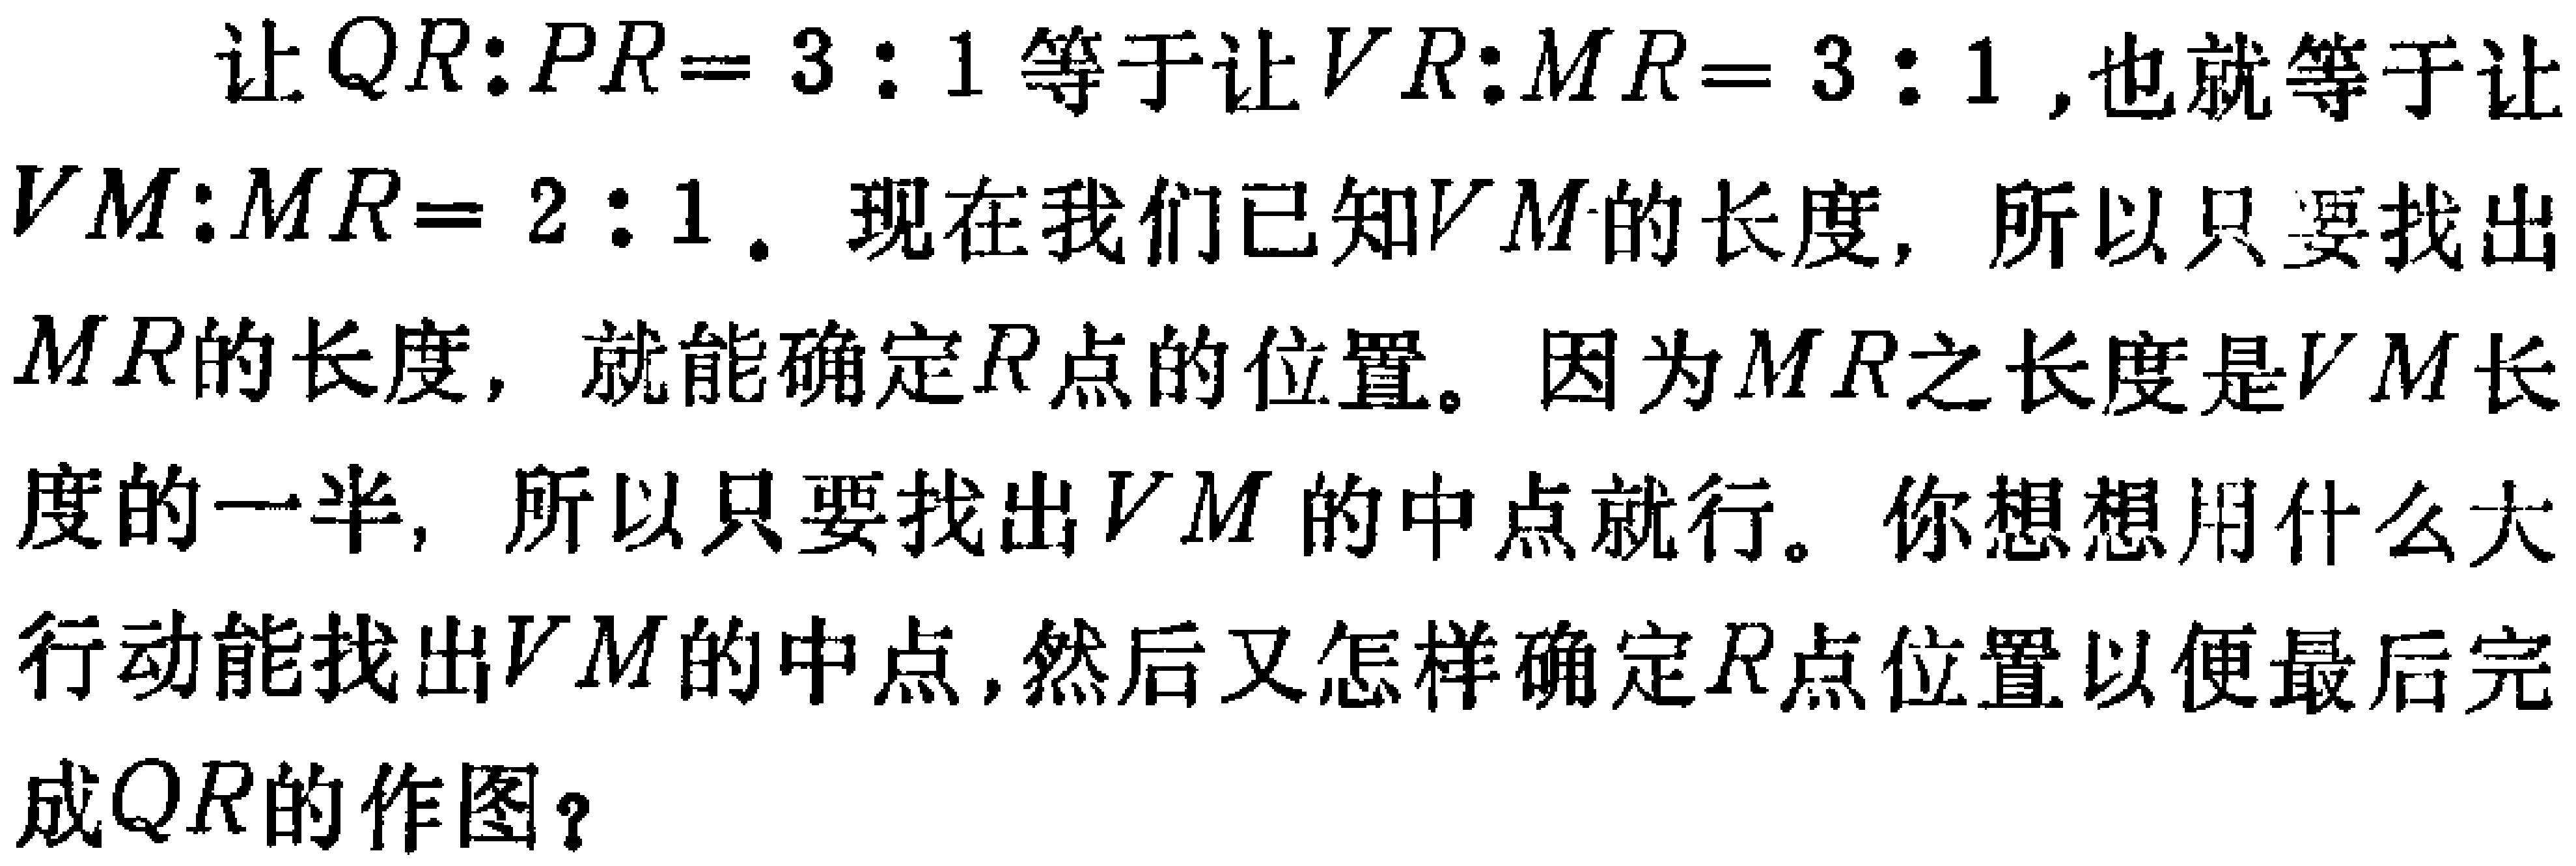
让 \(QR:PR = 3:1\) 等于让 \(VR:MR = 3:1\) ,也就等于让 \(VM:MR = 2:1\) . 现在我们已知 \(VM\) 的长度, 所以只要找出 \(MR\)的长度, 就能确定 \(R\)点的位置。因为 \(MR\)之长度是 \(VM\)长度的一半, 所以只要找出 \(VM\) 的中点就行。你想想用什么大行动能找出 \(VM\)的中点,然后又怎样确定 \(R\)点位置以便最后完成 \(QR\)的作图？